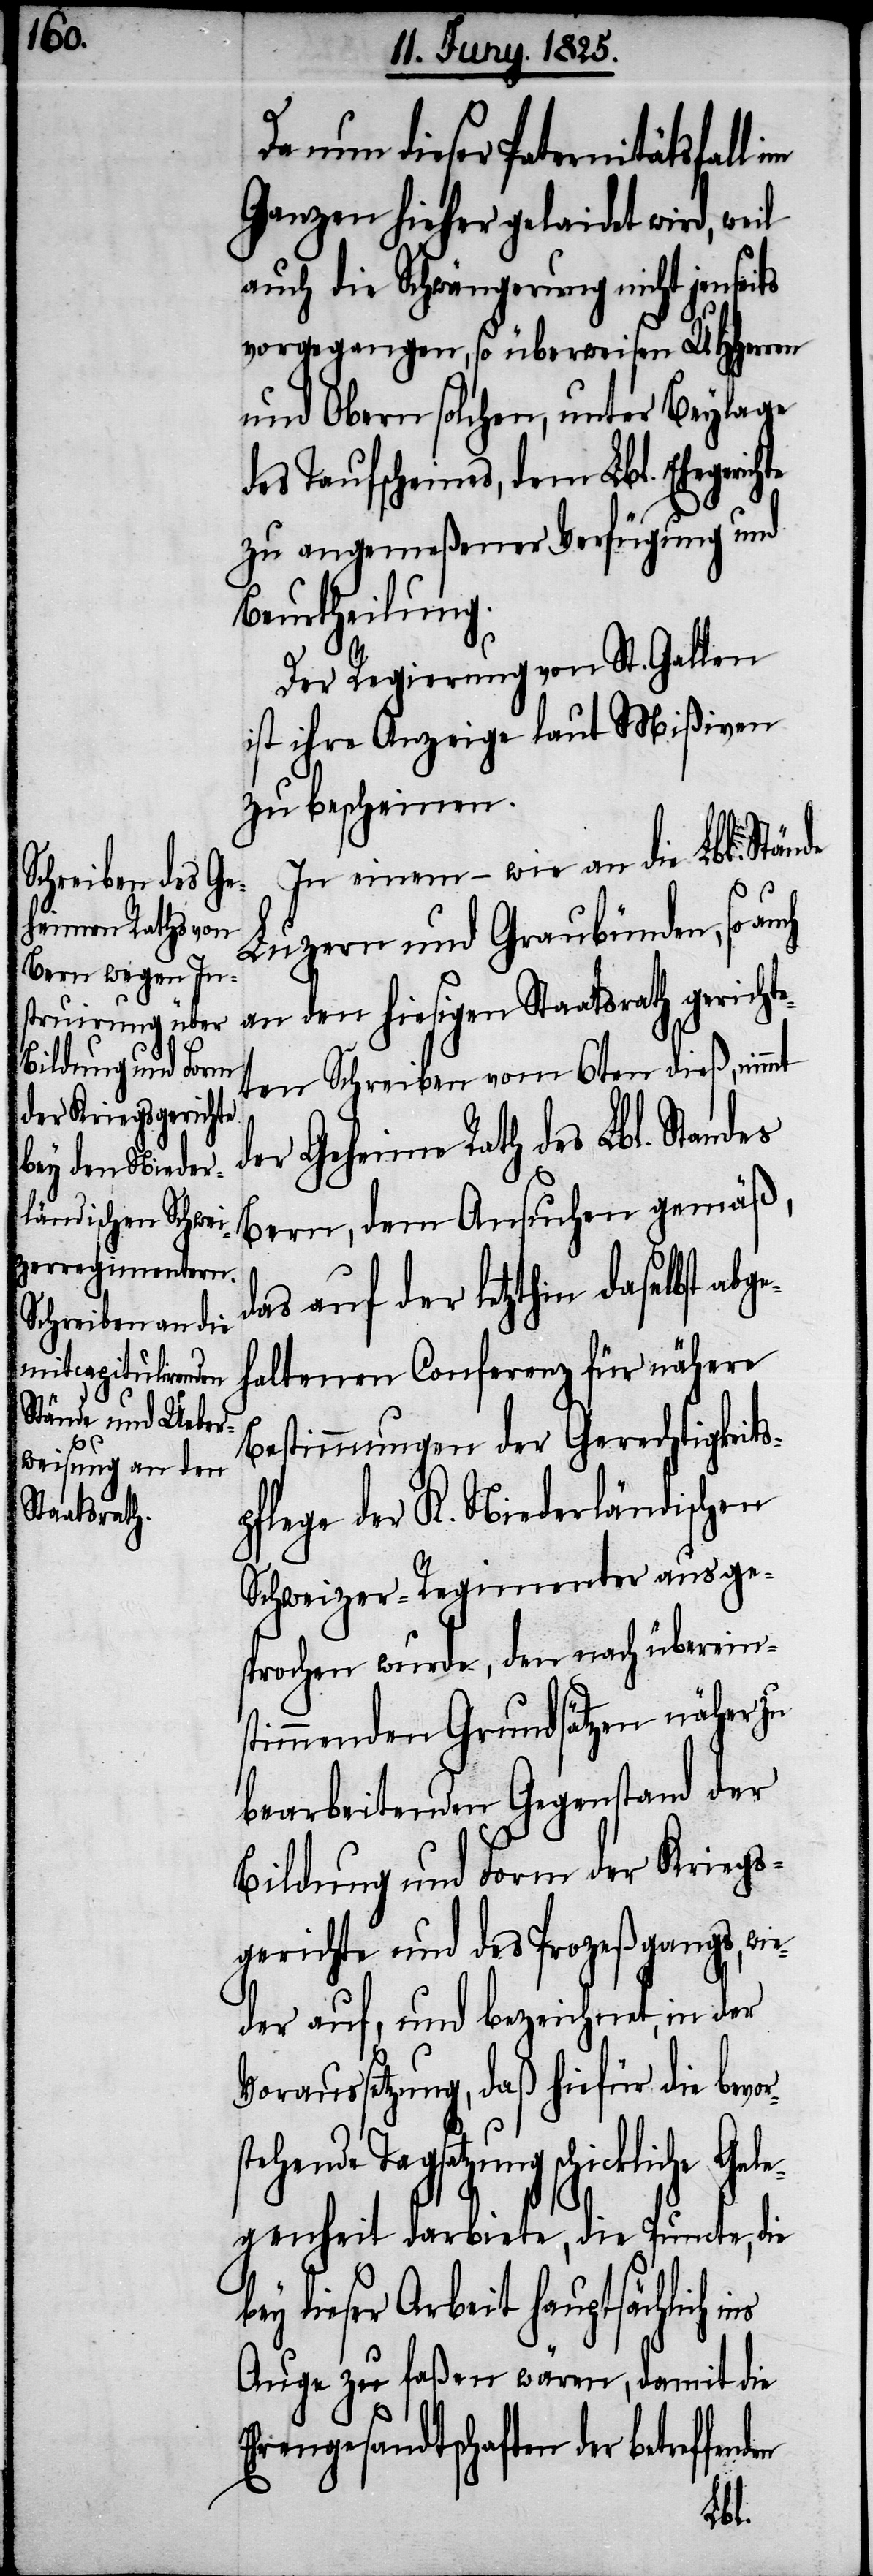
Da nun dieser Paternitätsfall
Ganzen hieher gelaidet wird, weil
auch die Schwängerung nicht jenseits
vorgegangen, so überweisen UHHerren
und Obern solchen, unter Beylage
des Taufscheines, dem Lbl. Ehegerich¬
zu angemeßener Verfügung und
Beurtheilung.
Der Regierung von St. Gallen
ist die Anzeige laut Mißiven
zu bescheinen.
In einem – wie an die Lbl. Stände
Luzern und Graubünden, so auch
an den hiesigen Staatsrath gerichte¬
ten Schreiben vom 6ten dieß, nimmt
der Geheime Rath des Lbl. Standes
Bern, dem Ansuchen gemäß,
das auf der letzthin daselbst ab¬
haltenen Conferenz für nähere
Bestimmungen der Gerechtigkeits¬
pflege der K. Niederländischen
Schweizer-Regimenter ausge¬
sprochen wurde, den nach übereins¬
timmenden Grundsätzen näher zu
bearbeitenden Gegenstand der
Bildung und Form der Kriegs¬
gerichte und des Prozeßgangs, wie¬
der auf, und bezeichnet, in der
Voraussetzung, daß hiefür die bevo¬
tzung schickliche Ge¬
legenheit darbiete, die Puncte, die
bey dieser Arbeit hauptsächlich
Auge zu faßen wären, damit die
rengesandtschaften der betreffe¬
nden